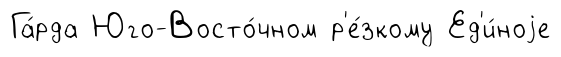
Га́рда Юго-Восто́чном р'е́зкому Ед'и́ноjе